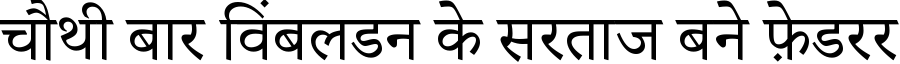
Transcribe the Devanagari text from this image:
चौथी बार विंबलडन के सरताज बने फ़ेडरर